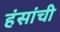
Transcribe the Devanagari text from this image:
हंसांची